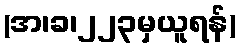
(အ၊ခ၊၂၂၃မှယူရန်)